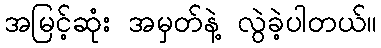
အမြင့်ဆုံး အမှတ်နဲ့ လွဲခဲ့ပါတယ်။